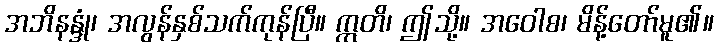
အဘိနန္ဒုံ၊ အလွန်နှစ်သက်ကုန်ပြီ။ ဣတိ၊ ဤသို့။ အဝေါစ၊ မိန့်တော်မူ၏။